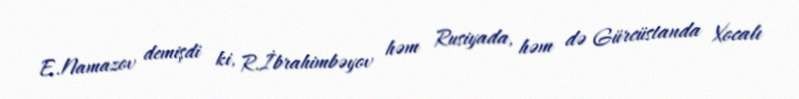
E.Namazov demişdi ki, R.İbrahimbəyov həm Rusiyada, həm də Gürcüstanda Xocalı